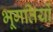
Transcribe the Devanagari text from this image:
भूगतियों